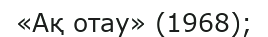
«Ақ отау» (1968);